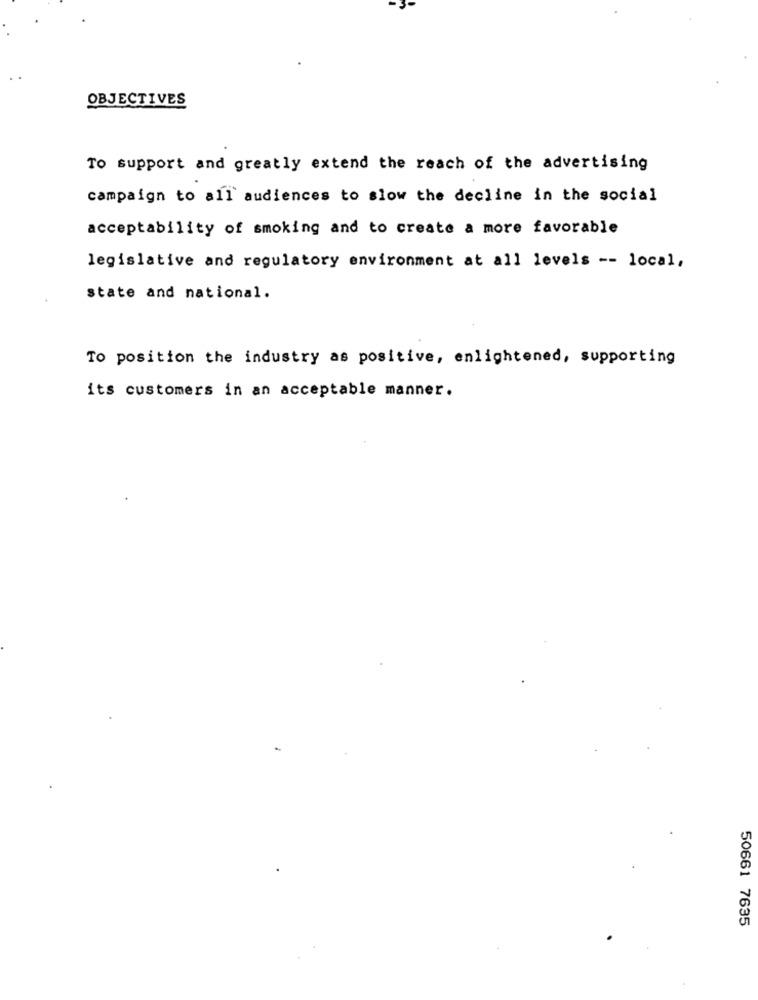
OBJECTIVES
To support and greatly extend the reach of the advertising
campaign to all audiences to slow the decline in the social
acceptability of smoking and to create a more favorable
legislative and regulatory environment at all levels -- local,
state and national.
To position the industry as positive, enlightened, supporting
its customers in an acceptable manner.
50661 7635